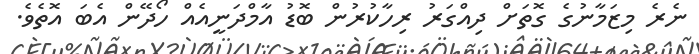
ނެރެ މިޒަމާނުގެ ގޮތަށް ދިއްގަރު ރިހާކުރުން ބޮޑު އާމްދަނީއެއް ހޯދޭން އެބަ އޮތެވެ.